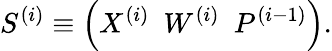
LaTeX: S^{(i)}\equiv\left(X^{(i)}\ \ W^{(i)}\ \ P^{(i-1)}\right).